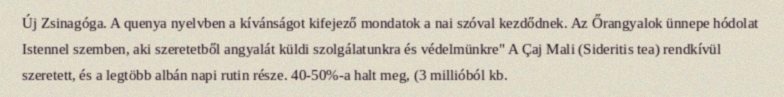
Új Zsinagóga. A quenya nyelvben a kívánságot kifejező mondatok a nai szóval kezdődnek. Az Őrangyalok ünnepe hódolat Istennel szemben, aki szeretetből angyalát küldi szolgálatunkra és védelmünkre" A Çaj Mali (Sideritis tea) rendkívül szeretett, és a legtöbb albán napi rutin része. 40-50%-a halt meg, (3 millióból kb.